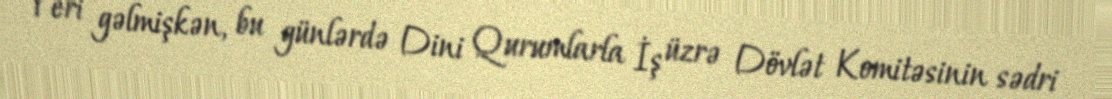
Yeri gəlmişkən, bu günlərdə Dini Qurumlarla İş üzrə Dövlət Komitəsinin sədri